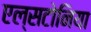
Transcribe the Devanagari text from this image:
एल्सटोनिया